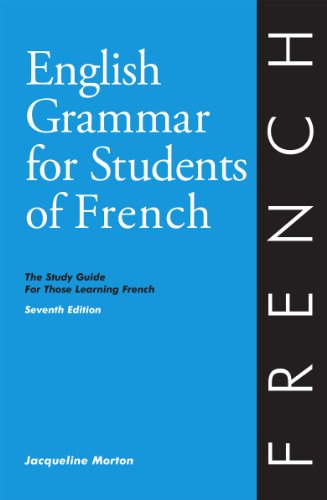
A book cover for English Grammar for Students of French: The Study Guide for Those Learning French, Seventh edition (O&H Study Guides); Jacqueline Morton; Reference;